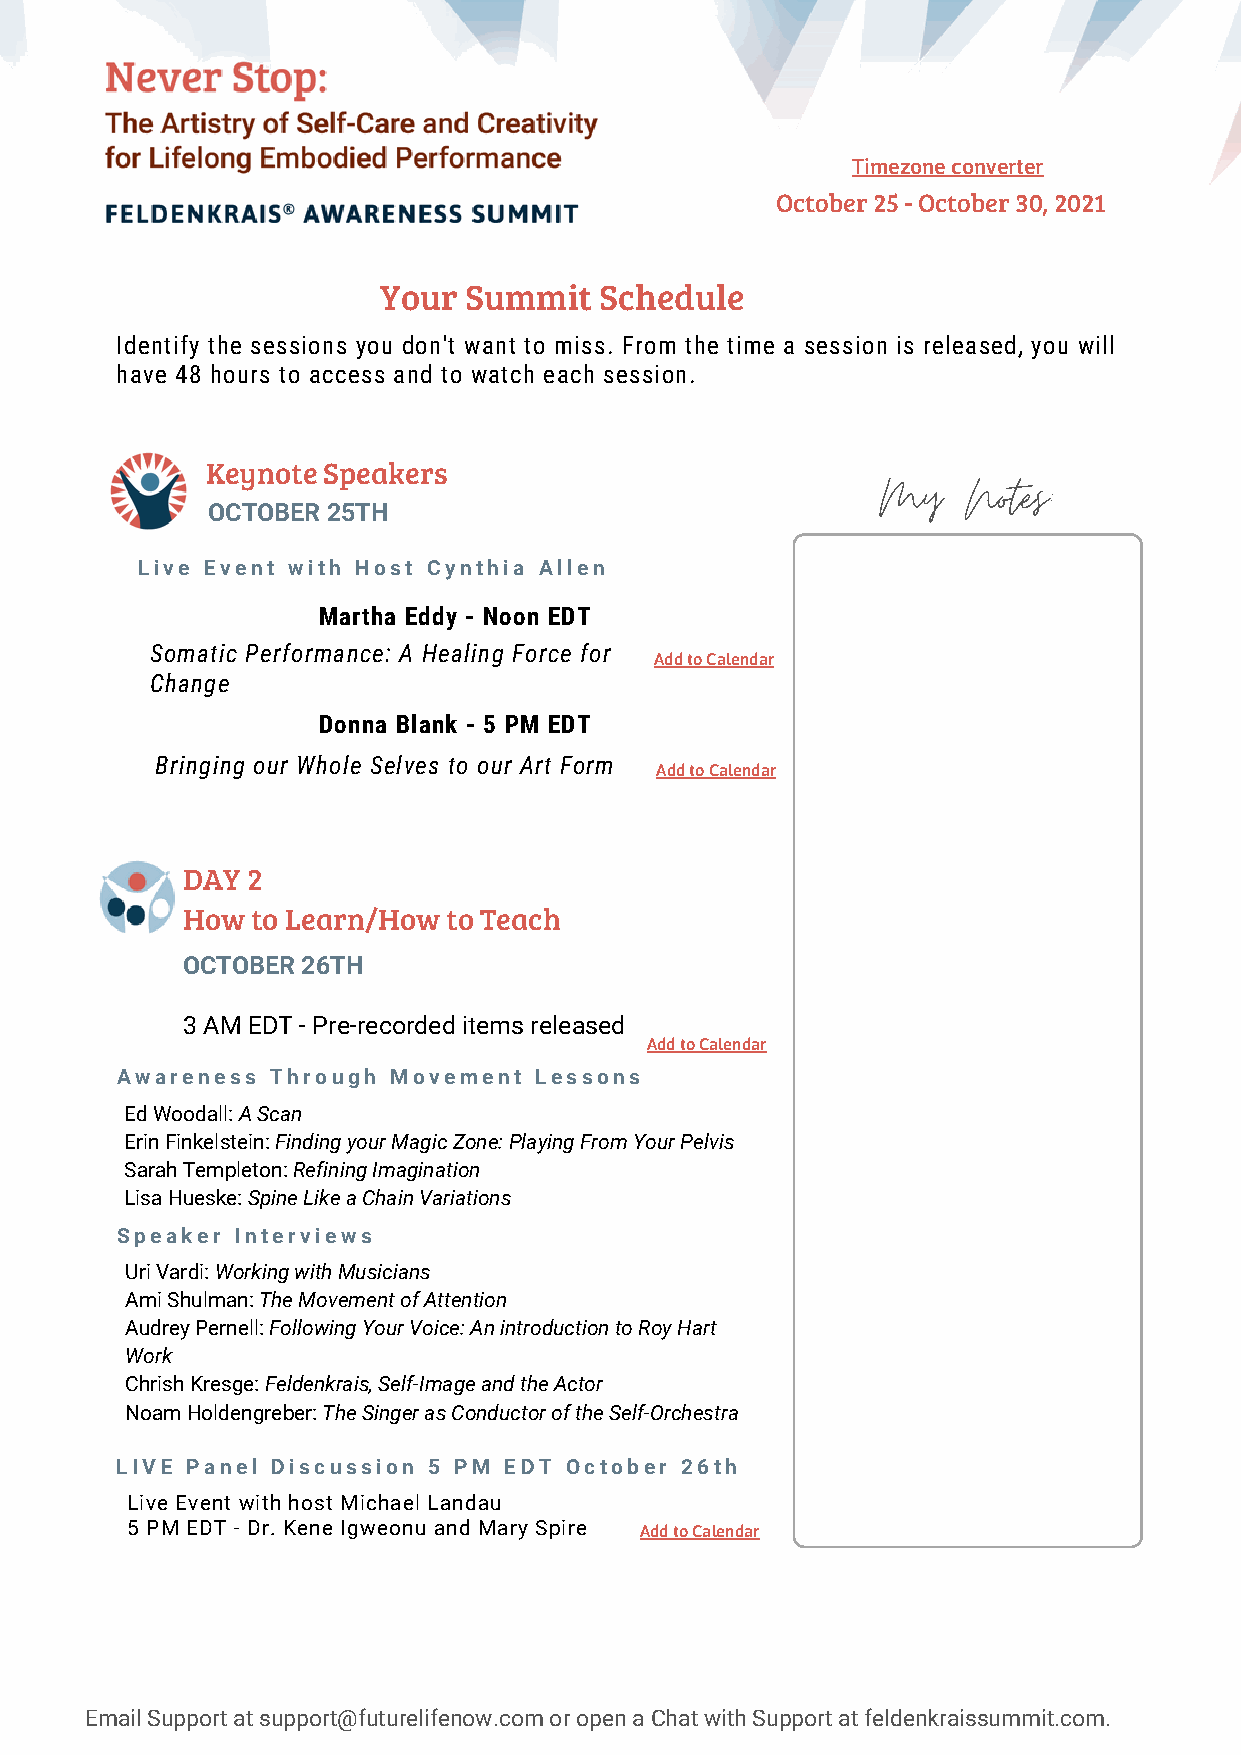
Timezone converter
 October 25 - October 30, 2021
 Your  Summit   Schedule
 Identify the sessions you don't want to miss. From the time a session is released, you will
 have 48 hours to access and to watch each session.
 My    Notes:
 Keynote Speakers
 OCTOBER 25TH
 Live Event with Host Cynthia Allen
 Martha Eddy - Noon EDT
 Somatic Performance: A Healing Force for
 Add to Calendar
 Change
 Donna Blank - 5 PM EDT
 Bringing our Whole Selves to our Art Form
 Add to Calendar
 DAY 2
 How  to Learn/How to Teach
 OCTOBER 26TH
 3 AM EDT - Pre-recorded items released
 Add to Calendar
 Awareness Through Movement Lessons
 Ed Woodall: A Scan
 Erin Finkelstein: Finding your Magic Zone: Playing From Your Pelvis
 Sarah Templeton: Refining Imagination
 Lisa Hueske: Spine Like a Chain Variations
 Speaker Interviews
 Uri Vardi: Working with Musicians
 Ami Shulman: The Movement of Attention
 Audrey Pernell: Following Your Voice: An introduction to Roy Hart
 Work
 Chrish Kresge: Feldenkrais, Self-Image and the Actor
 Noam Holdengreber: The Singer as Conductor of the Self-Orchestra
 LIVE Panel Discussion 5 PM EDT October 26th
 Live Event with host Michael Landau
 5 PM EDT - Dr. Kene Igweonu and Mary Spire Add to Calendar
 Email Support at support@futurelifenow.com or open a Chat with Support at feldenkraissummit.com.